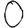
Digit: 0